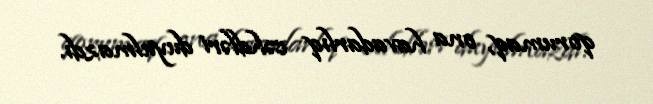
qorumaq, ona havadarlıq cəhdləri duyulmazdı.